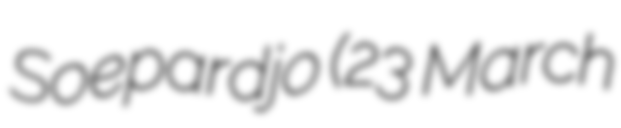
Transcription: Soepardjo (23 March